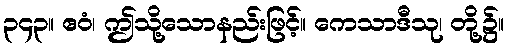
၃၄၃။ ဧဝံ၊ ဤသို့သောနည်းဖြင့်။ ကေသာဒီသု၊ တို့၌။